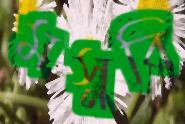
মস্নবি